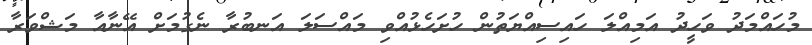
މުހައްމަދު ވަހީދު އަމިއްލަ ހައިސިއްޔަތުން ހުށަހެޅުއްވި މައްސަލަ އަނބުރާ ނެގުމަށް އޭނާއާ މަޝްވަރާ